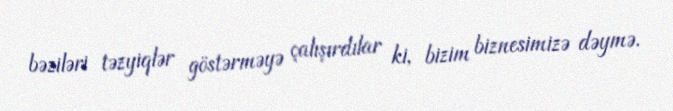
bəziləri təzyiqlər göstərməyə çalışırdılar ki, bizim biznesimizə dəymə.